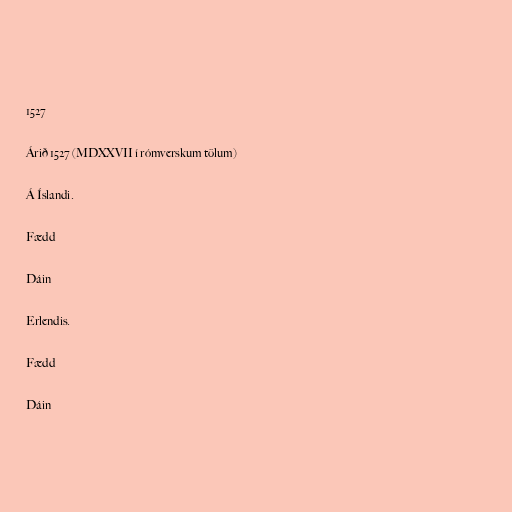
1527

Árið 1527 (MDXXVII í rómverskum tölum)

Á Íslandi.

Fædd

Dáin

Erlendis.

Fædd

Dáin